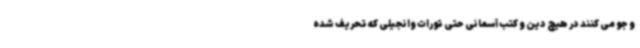
و جو می کنند در هیچ دین و کتب آسمانی حتی تورات وانجیلی که تحریف شده